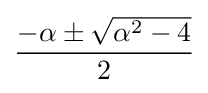
{\frac {-\alpha \pm {\sqrt {\alpha ^{2}-4}}}{2}}